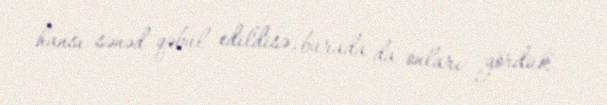
hansı sənəd qəbul edildisə, burada da onları gördük.